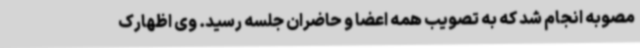
مصوبه انجام شد که به تصویب همه اعضا و حاضران جلسه رسید. وی اظهارک